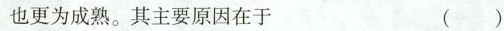
也更为成熟。其主要原因在于 ()